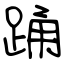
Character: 踊